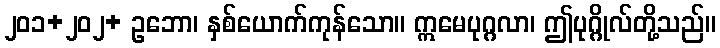
၂၀၁+၂၀၂+ ဥဘော၊ နှစ်ယောက်ကုန်သော။ ဣမေပုဂ္ဂလာ၊ ဤပုဂ္ဂိုလ်တို့သည်။